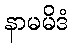
နာမမိဒံ